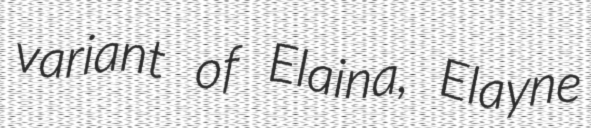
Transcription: variant of Elaina, Elayne